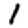
Digit: 1